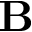
\mathbf { B }